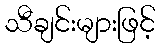
သီချင်းများဖြင့်